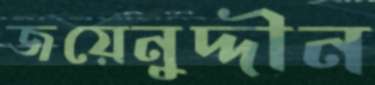
জয়েনুদ্দীন